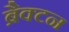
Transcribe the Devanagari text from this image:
ब्रैक्टन